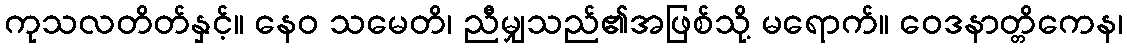
ကုသလတိတ်နှင့်။ နေဝ သမေတိ၊ ညီမျှသည်၏အဖြစ်သို့ မရောက်။ ဝေဒနာတ္တိကေန၊